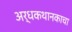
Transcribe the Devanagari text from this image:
अर्धकथानकाचा